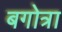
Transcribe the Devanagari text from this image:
बगोत्रा